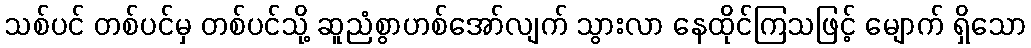
သစ်ပင် တစ်ပင်မှ တစ်ပင်သို့ ဆူညံစွာဟစ်အော်လျက် သွားလာ နေထိုင်ကြသဖြင့် မျောက် ရှိသော